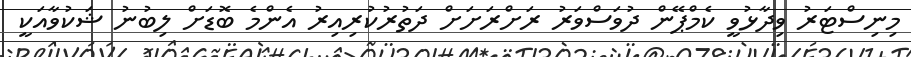
މިނިސްޓަރު ވިދާޅުވީ ކެމްޕޭން ދުވަސްވަރު ރަށްރަށަށް ދަތުރުކުރިއިރު އެންމެ ބޮޑަށް ލިބުނު ޝަކުވާއަކީ